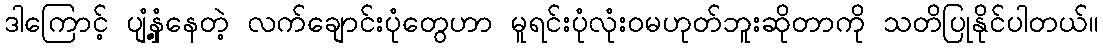
ဒါကြောင့် ပျံ့နှံ့နေတဲ့ လက်ချောင်းပုံတွေဟာ မူရင်းပုံလုံးဝမဟုတ်ဘူးဆိုတာကို သတိပြုနိုင်ပါတယ်။